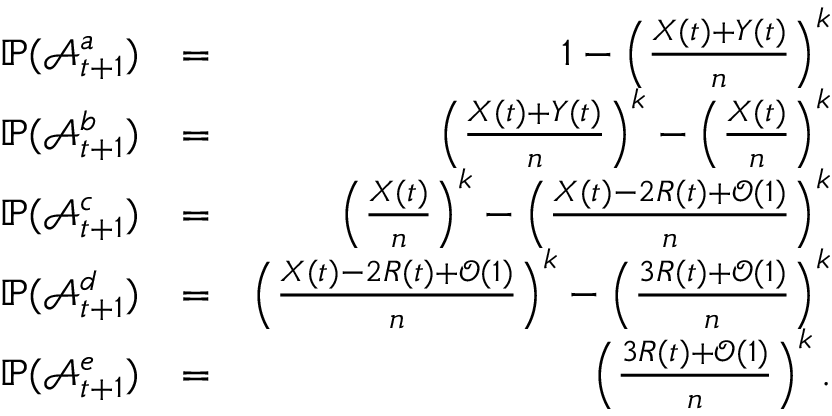
\begin{array} { r l r } { \mathbb { P } ( \mathcal { A } _ { t + 1 } ^ { a } ) } & { = } & { 1 - \left( \frac { X ( t ) + Y ( t ) } { n } \right) ^ { k } } \\ { \mathbb { P } ( \mathcal { A } _ { t + 1 } ^ { b } ) } & { = } & { \left( \frac { X ( t ) + Y ( t ) } { n } \right) ^ { k } - \left( \frac { X ( t ) } { n } \right) ^ { k } } \\ { \mathbb { P } ( \mathcal { A } _ { t + 1 } ^ { c } ) } & { = } & { \left( \frac { X ( t ) } { n } \right) ^ { k } - \left( \frac { X ( t ) - 2 R ( t ) + \mathcal { O } ( 1 ) } { n } \right) ^ { k } } \\ { \mathbb { P } ( \mathcal { A } _ { t + 1 } ^ { d } ) } & { = } & { \left( \frac { X ( t ) - 2 R ( t ) + \mathcal { O } ( 1 ) } { n } \right) ^ { k } - \left( \frac { 3 R ( t ) + \mathcal { O } ( 1 ) } { n } \right) ^ { k } } \\ { \mathbb { P } ( \mathcal { A } _ { t + 1 } ^ { e } ) } & { = } & { \left( \frac { 3 R ( t ) + \mathcal { O } ( 1 ) } { n } \right) ^ { k } . } \end{array}